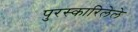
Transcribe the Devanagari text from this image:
पुरस्कारिलेले